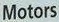
Motors